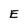
Character: E